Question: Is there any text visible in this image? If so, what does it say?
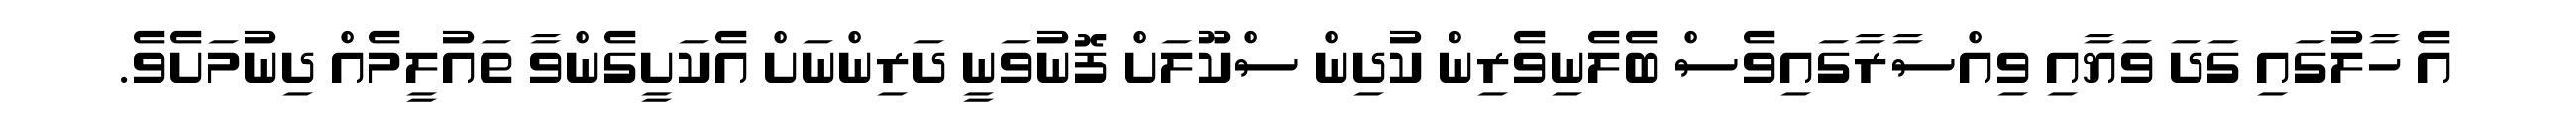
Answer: އެ ހާލުގައި ގަދަ ވަޔާއި ވިއްސާރާގައިވެސް ބެލެނިވެރިން ކުދިން ސްކޫލަށް ފޮނުވަނީ ދަރިންނަށް އެކަށީގެންވާ ތައުލީމެއް ދިނުމަށެވެ.